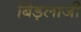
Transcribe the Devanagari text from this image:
बिड़लाजी